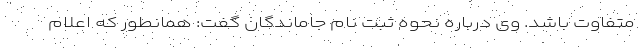
متفاوت باشد. وی درباره نحوه ثبت نام جاماندگان گفت: همانطور که اعلام